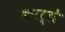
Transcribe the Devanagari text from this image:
कार्ले